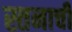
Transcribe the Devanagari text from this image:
स्तनाची